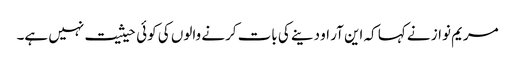
مریم نواز نے کہا کہ این آر او دینے کی بات کرنے والوں کی کوئی حیثیت نہیں ہے۔